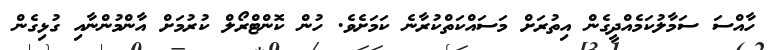
ހާއްސަ ސަމާލުކަމެއްދީގެން އިތުރަށް މަސައްކަތްކުރާނެ ކަމަށެވެ. ހުން ކޮންޓްރޯލް ކުރުމަށް އާންމުންނާއި ގުޅިގެން